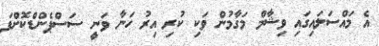
އެ މައްސަލައިގައި ވިޝާމް މަގާމުން ވަކި ކުރި އިރު ހަނާ ވަނީ ސަސްޕެންޑްކޮށްފަ